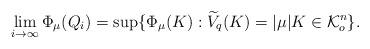
LaTeX: \begin{align*}\lim_{i\rightarrow \infty}\Phi_\mu(Q_i)=\sup\{\Phi_\mu(K):\widetilde{V}_q(K)=|\mu| K\in \mathcal{K}_o^n\}.\end{align*}